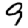
Digit: 9